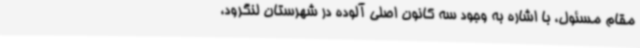
مقام مسئول، با اشاره به وجود سه کانون اصلی آلوده در شهرستان لنگرود،